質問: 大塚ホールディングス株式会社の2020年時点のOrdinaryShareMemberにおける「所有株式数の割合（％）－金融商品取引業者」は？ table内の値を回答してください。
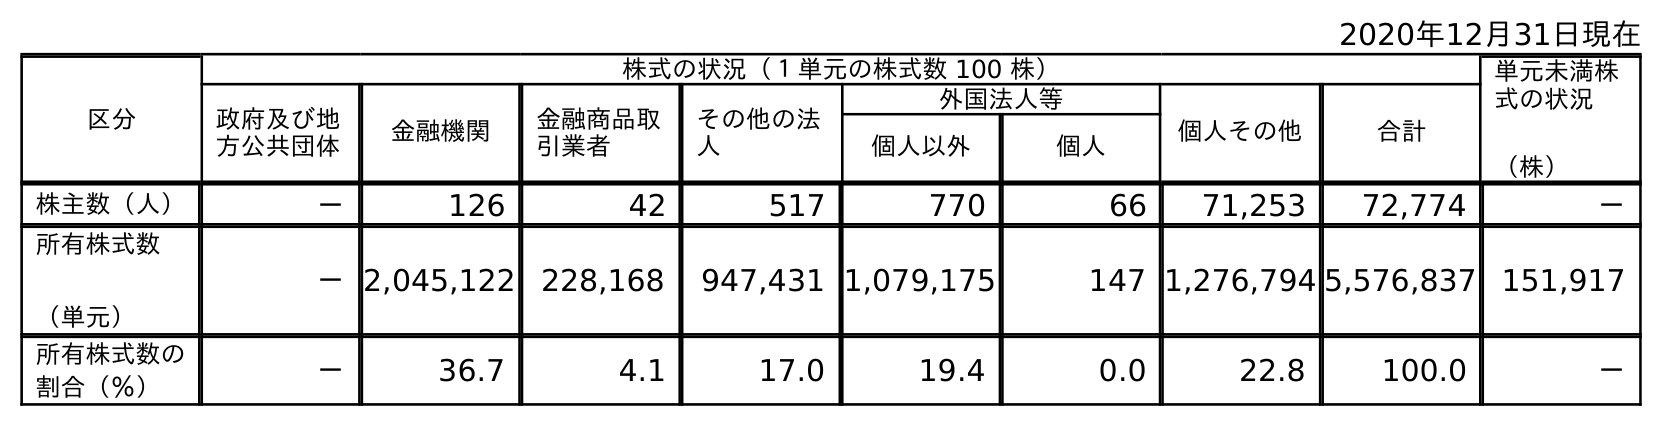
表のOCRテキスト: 2020年12月31日現在 区分 株式の状況（１単元の株式数 100 株） 単元未満株 式の状況 （株） 政府及び地 方公共団体 金融機関 金融商品取 引業者 その他の法 人 外国法人等 個人その他 合計 個人以外 個人 株主数（人） － 126 42 517 770 66 71,253 72,774 － 所有株式数 （単元） －2,045,122 228,168 947,431 1,079,175 147 1,276,794 5,576,837 151,917 所有株式数の 割合（％） － 36.7 4.1 17.0 19.4 0.0 22.8 100.0 －
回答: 4.1